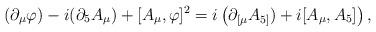
LaTeX: \begin{align*}(\partial_{\mu}\varphi)-i(\partial_{5}A_{\mu})+[A_{\mu},\varphi]^{2}=i\left(\partial_{\lbrack\mu}A_{5]})+i[A_{\mu},A_{5}]\right) ,\end{align*}